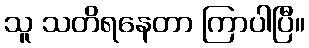
သူ သတိရနေတာ ကြာပါပြီ။